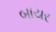
બાયર